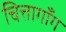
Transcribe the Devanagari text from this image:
चित्तागाँग